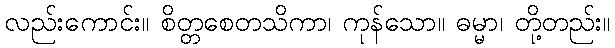
လည်းကောင်း။ စိတ္တစေတသိကာ၊ ကုန်သော။ ဓမ္မာ၊ တို့တည်း။